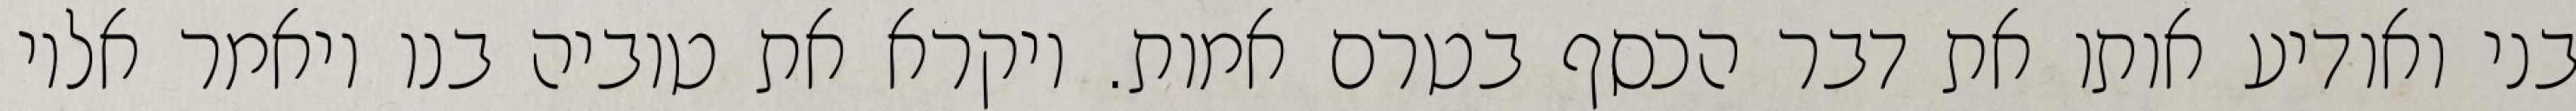
בני ואודיע אותו את דבר הכסף בטרם אמות. ויקרא את טוביה בנו ויאמר אליו